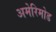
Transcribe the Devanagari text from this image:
अमेरिमोड